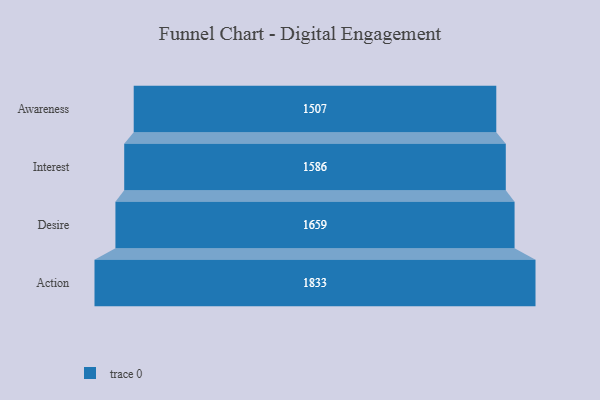
{"axis": {"x": "Stage", "y": "Value"}, "legend": [""], "data": [{"x": "Awareness", "y": 1507.0, "type": ""}, {"x": "Interest", "y": 1586.0, "type": ""}, {"x": "Desire", "y": 1659.0, "type": ""}, {"x": "Action", "y": 1833.0, "type": ""}]}